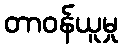
တာဝန်ယူမှု